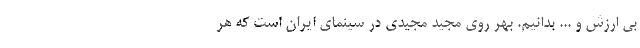
بی ارزش و ... بدانیم. بهر روی مجید مجیدی در سینمای ایران است که هر